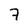
Character: 7